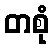
တစုံ